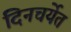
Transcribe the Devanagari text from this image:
दिनचर्येत